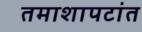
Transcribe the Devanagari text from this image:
तमाशापटांत